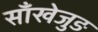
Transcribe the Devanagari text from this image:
साँखेजुङ